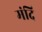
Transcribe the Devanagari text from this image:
मंदि